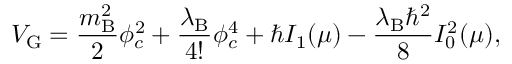
V _ { \mathrm { G } } = \frac { m _ { \mathrm { B } } ^ { 2 } } { 2 } \phi _ { c } ^ { 2 } + \frac { \lambda _ { \mathrm { B } } } { 4 ! } \phi _ { c } ^ { 4 } + \hbar I _ { 1 } ( \mu ) - \frac { \lambda _ { \mathrm { B } } \hbar ^ { 2 } } { 8 } I _ { 0 } ^ { 2 } ( \mu ) ,